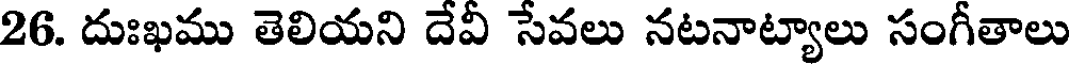
26. దుఃఖము తెలియని దేవీ సేవలు నటనాట్యాలు సంగీతాలు